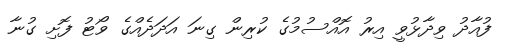
ފުއާދު ވިދާޅުވީ އިރު އޮއްސުމުގެ ކުރިން ގިނަ އަދަދެއްގެ ވޯޓު ފޮށި ގުނާ